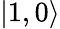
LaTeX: |1,0\rangle